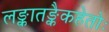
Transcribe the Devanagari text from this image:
लङ्कातङ्कैकहेतोः